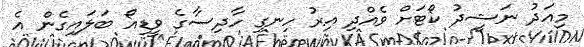
މިއަދު ނަޝީދު ކޯޓަށް ވެއްދި އިރު ހިނގި ހާދިސާގެ ވީޑިއޯ ބަލައިގެން އެ